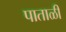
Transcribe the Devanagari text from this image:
पाताळीं